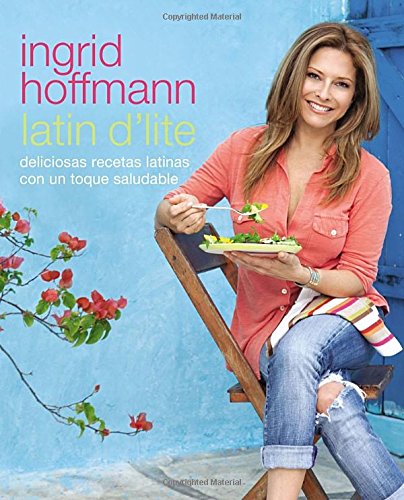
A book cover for Latin D'Lite (Spanish Edition): Deliciosas recetas latinas con un toque saludable; Ingrid Hoffmann; Cookbooks, Food & Wine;